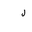
Letter: _lam